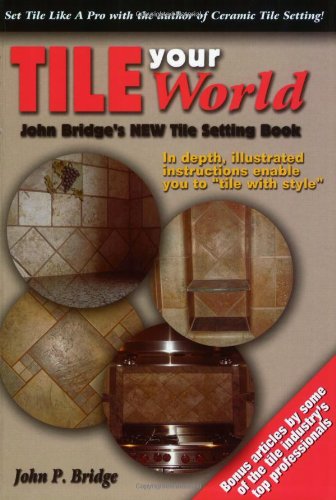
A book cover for Tile Your World: John Bridge's New Tile Setting Book; John P. Bridge; Crafts, Hobbies & Home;